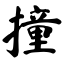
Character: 撞